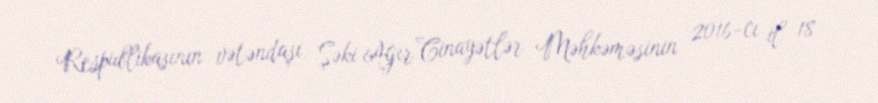
Respublikasının vətəndaşı, Şəki Ağır Cinayətlər Məhkəməsinin 2016-cı il 18